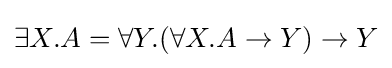
\exists X.A=\forall Y.(\forall X.A\rightarrow Y)\rightarrow Y